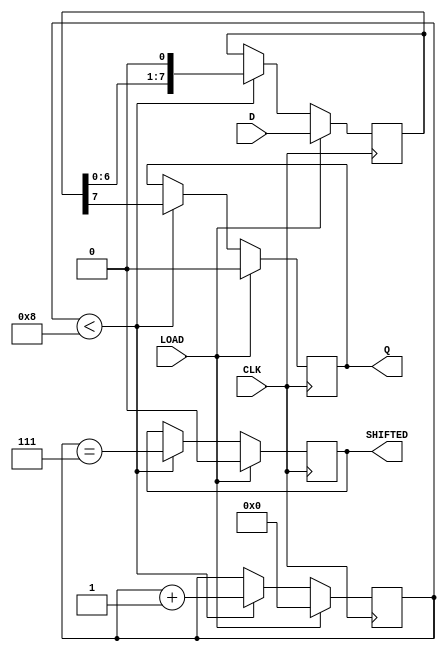
module PISO_Register (
    input wire [7:0] D,       // 8-bit data input
    input wire LOAD,          // Load control signal
    input wire CLK,           // Clock signal
    output reg Q,             // Serial output
    output reg SHIFTED        // Shifted out indicator (optional)
);

    reg [7:0] shift_reg;      // Internal 8-bit shift register
    reg [3:0] bit_count;      // Counter for the number of bits shifted out

    // Initialize the shift register and bit count
    initial begin
        shift_reg = 8'b0;
        Q = 1'b0;
        SHIFTED = 1'b0;
        bit_count = 4'b0;
    end

    always @(posedge CLK) begin
        if (LOAD) begin
            // Load data into the shift register
            shift_reg <= D;
            Q <= 1'b0;              // Set Q to low during loading
            bit_count <= 4'b0;      // Reset bit count
            SHIFTED <= 1'b0;        // Reset shifted indicator
        end else begin
            if (bit_count < 8) begin
                // Shift out the MSB
                Q <= shift_reg[7];
                // Shift the register left
                shift_reg <= {shift_reg[6:0], 1'b0};
                bit_count <= bit_count + 1;
                SHIFTED <= (bit_count == 7); // Set SHIFTED high when the last bit is shifted out
            end
        end
    end

endmodule